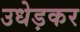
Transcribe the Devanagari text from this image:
उधेड़कर